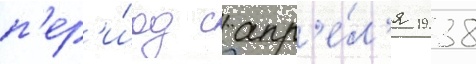
п'ер'и́од с апр'е́л'я 1938